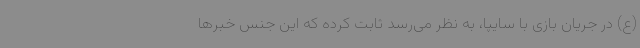
(ع) در جریان بازی با سایپا، به نظر می‌رسد ثابت کرده که این جنس خبرها